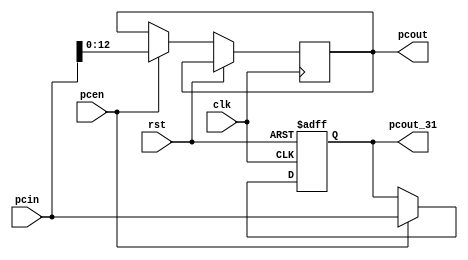
module pc(
input [31:0]pcin,
output reg [12:0]pcout,
output reg [31:0]pcout_31,
input clk,
input rst,
input pcen
);

initial begin
pcout_31 = 32'h00003000;
pcout = 10'b0000000000;
end
always@(posedge clk,posedge rst)begin
if(rst) pcout_31 = 32'h00003000;
else if(pcen)begin
	pcout_31 = pcin;
	pcout = {pcin[12:0]};
end
end


endmodule